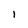
Character: l